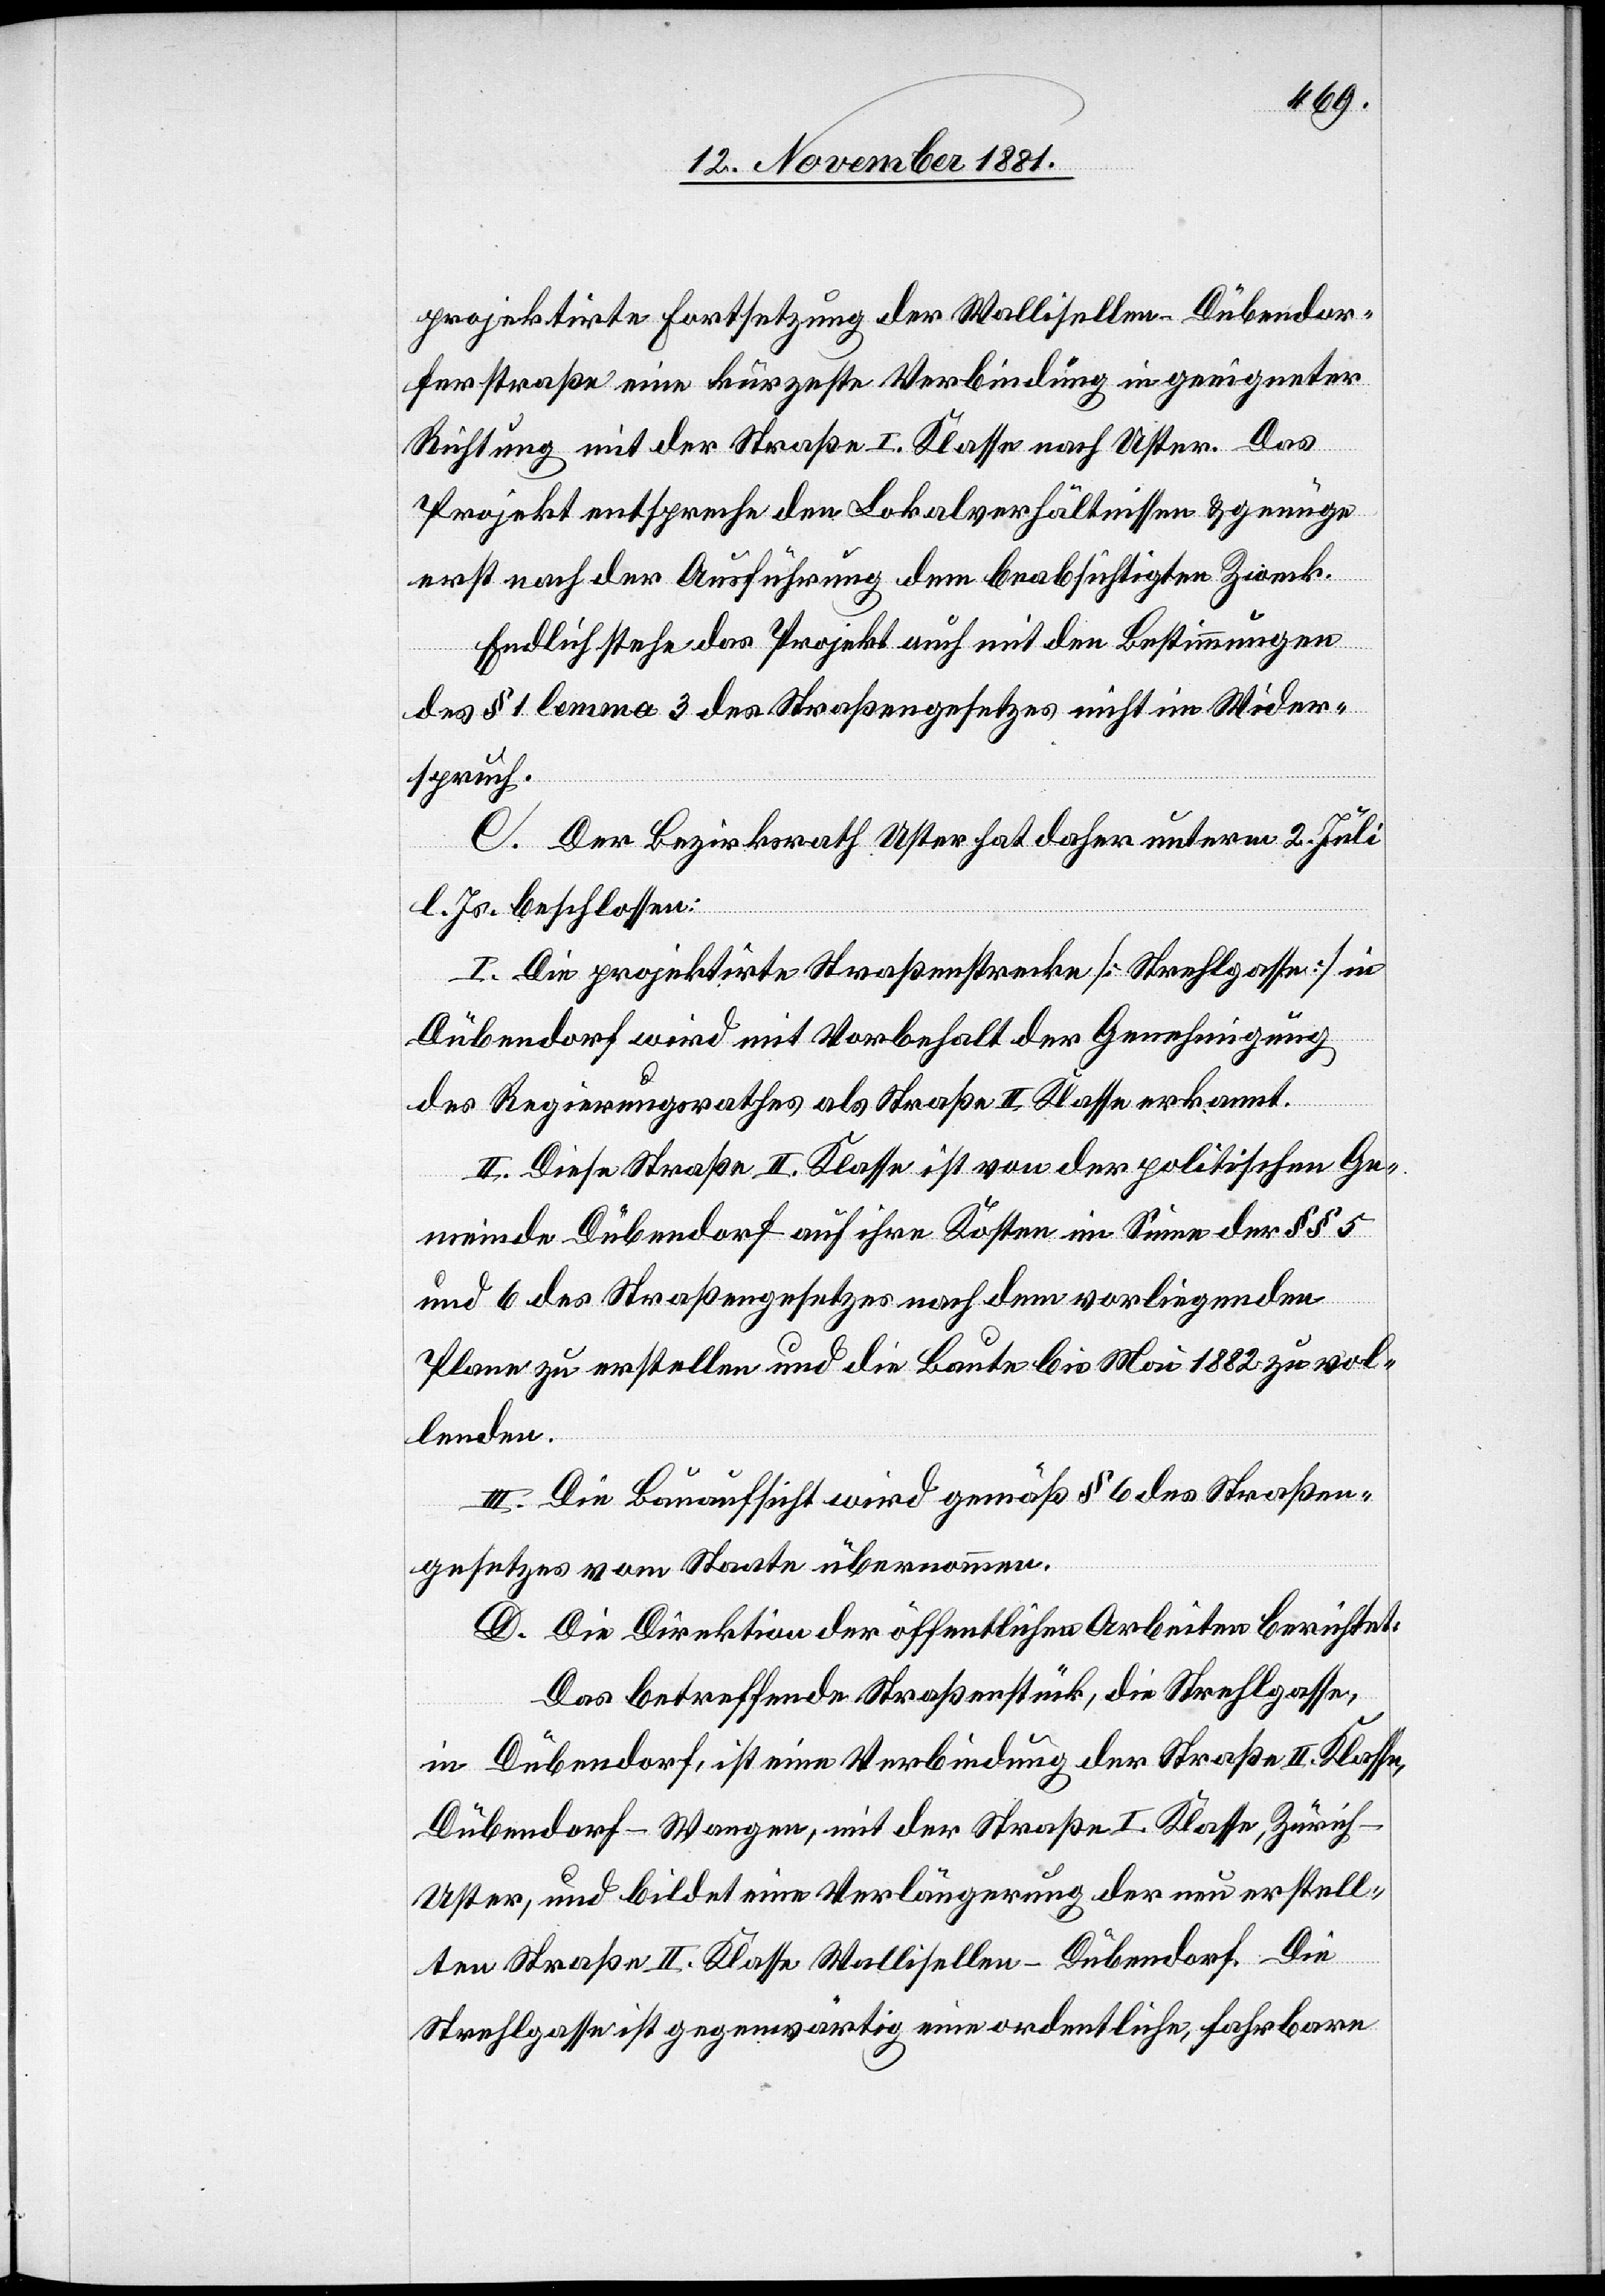
projektirte Fortsetzung der Wallisellen–Dübendor¬
ferstraße eine kürzeste Verbindung in geeigneter
Richtung mit der Straße I. Klasse nach Uster. Das
Projekt entspreche den Lokalverhältnissen & genüge
erst nach der Ausführung dem beabsichtigten Zweck.
Endlich stehe das Projekt auch mit den Bestimmungen
des § 1 lemma 3 des Straßengesetzes nicht im Wider¬
spruch.
C. Der Bezirksrath Uster hat daher unterm 2. Juli
l. Js. beschlossen:
I. Die projektirte Straßenstrecke [Strehlgasse] in
Dübendorf wird mit Vorbehalt der Genehmigung
des Regierungsrathes als Straße II. Klasse anerkannt.
II. Diese Straße II. Klasse ist von der politischen Ge¬
meinde Dübendorf auf ihre Kosten im Sinne der §§ 5
und 6 des Straßengesetzes nach dem vorliegenden
Plane zu erstellen und die Baute bis Mai 1882 zu vol¬
lenden.
III. Die Bauaufsicht wird gemäß § 6 des Straßen¬
gesetzes vom Staate übernommen.
D. Die Direktion der öffentlichen Arbeiten berichtet:
Das betreffende Straßenstück, die Strehlgasse,
in Dübendorf, ist eine Verbindung der Straße II. Klasse
Dübendorf–Wangen, mit der Straße I. Klasse, Zürich–U¬
ster, und bildet eine Verlängerung der neu erstell¬
ten Straße II. Klasse Wallisellen–Dübendorf. Die
Strehlgasse ist gegenwärtig eine ordentliche, fahrbare